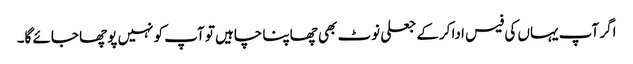
اگر آپ یہاں کی فیس ادا کرکے جعلی نوٹ بھی چھاپنا چاہیں تو آپ کو نہیں پوچھا جائے گا۔